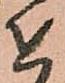
を